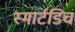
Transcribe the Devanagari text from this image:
स्मार्टडिच